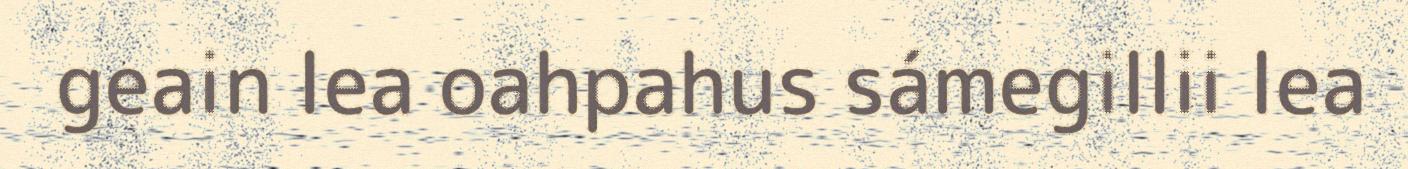
geain lea oahpahus sámegillii lea